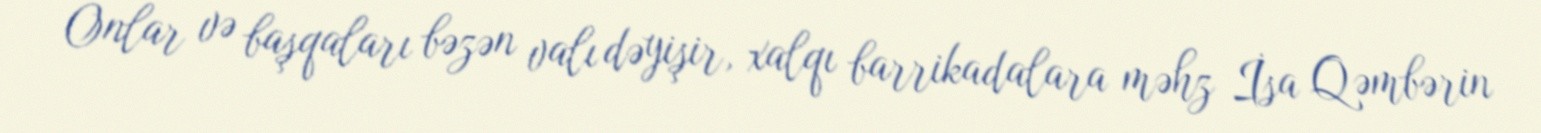
Onlar və başqaları bəzən valı dəyişir, xalqı barrikadalara məhz İsa Qəmbərin